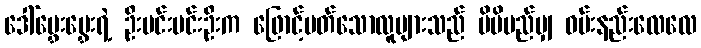
ဒေါ်မွှေးမွှေးရဲ့ ဦးမင်းမင်းဦးက ဖြောင့်မတ်သောလူများသည် မိမိမည်မျှ ဝမ်းနည်းလေလေ